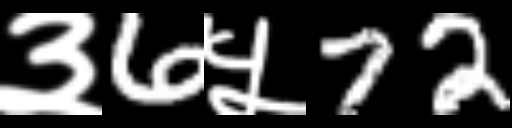
Text: ३6५72